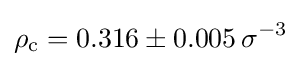
\rho _{\mathrm {c} }=0.316\pm 0.005\,\sigma ^{-3}